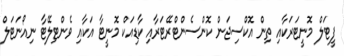
ފީޓަލް މޮނީޓަރަކާއި ތިން އޮކްސިޖަން ކޮންސެންޓްރޭޓަރާއި ކާޑިއަކް މޮނީޓާ އަކާއި ވެންޓިލޭޓާ ނިއޯނަޓަލް